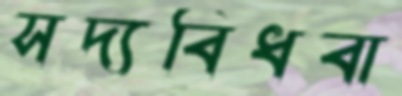
সদ্যবিধবা